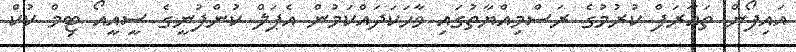
އައިފޯން ތައާރަފް ކުރުމުގެ ރަސްމިއްޔާތުގައި ވާހަކަދައްކަމުން އެޕަލް ކުންފުނީގެ ސީއީއޯ ޓިމް ކުކް